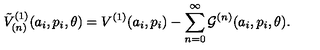
{ \tilde { V } } _ { ( n ) } ^ { ( 1 ) } ( a _ { i } , p _ { i } , \theta ) = V ^ { ( 1 ) } ( a _ { i } , p _ { i } ) - \sum _ { n = 0 } ^ { \infty } { \cal G } ^ { ( n ) } ( a _ { i } , p _ { i } , \theta ) .